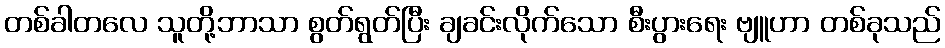
တစ်ခါတလေ သူတို့ဘာသာ စွတ်ရွတ်ပြီး ချခင်းလိုက်သော စီးပွားရေး ဗျူဟာ တစ်ခုသည်